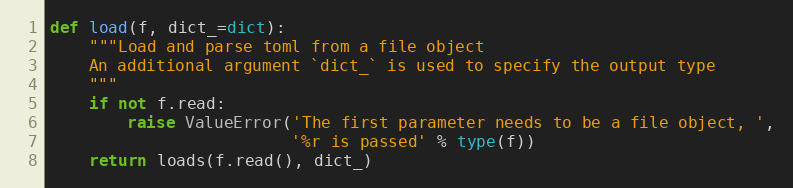
Language: Python
def load(f, dict_=dict):
    """Load and parse toml from a file object
    An additional argument `dict_` is used to specify the output type
    """
    if not f.read:
        raise ValueError('The first parameter needs to be a file object, ',
                         '%r is passed' % type(f))
    return loads(f.read(), dict_)